Leaving Certificate Examination, 1906
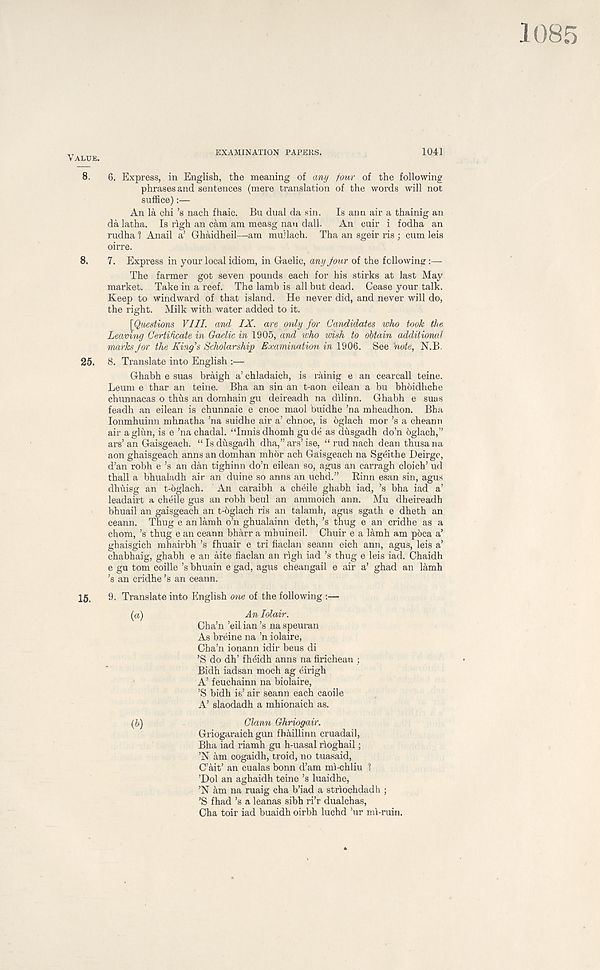
ALUE.
EXAMINATION PAPERS.
1041
8. 6. Express, in English, the meaning of any four of the following
phrases and sentences (mere translation of the words will not
suffice):—
An la chi’s nach fhaic. Bu dual da sin. Is ann air a thainig an
da latha. Is righ an cam am measg nan dall. An cuir i fodha an
rudha 1 Anail a’ Ghaidheil—am muilach. Tha an sgeir ris ; cum leis
oirre.
8. 7. Express in your local idiom, in Gaelic, any Jour of the following:—
The farmer got seven pounds each for his stirks at last May
market. Take in a reef. The lamb is all but dead. Cease your talk.
Keep to windward of that island. He never did, and never will do,
the right. Milk with water added to it.
[Questions VIII. and IX. are only for Candidates who took the
Leaving Certificate in Gaelic in 1905, and who wish to obtain additional
marks for the King's Scholarship Examination in 1906. See note, N.B.
25. 8. Translate into English :—
Ghabh e suas braigh a’ chladaich, is rainig e an cearcall teine.
Leum e thar an teine. Bha an sin an t-aon eilean a bu bhbidhche
chunnacas o thus an domhain gu deireadh na dilinn. Ghabh e suas
feadh an eilean is chunnaic e cnoc maol buidhe ’na mheadhon. Bba
lonmhuinn mhnatha ’na suidhe air a’ chnoc, is oglach mor’s a cheann
air aglun, is e ’nachadal. “Innisdhomh gude as dusgadh do’n bglach,”
ars’an Gaisgeach. “Isdusgadh dha,”ars’ise, “ rud nach dean thusana
aon ghaisgeach anns an domhan mhor ach Gaisgeach na Sgeithe Deirge,
d’an robh e’s an dan tighinn do’n eilean so, agus an carragh cloich’ ud
thall a bhualadh air an duine so anns an uchd.” Rinn esan sin, agus
dhuisg an t-6glach. An caraibh a cheile ghabh iad, ’s bha iad a’
leadairt a cheile gus an robh beul an ammoich ann. Mu dheireadh
bhuail an gaisgeach an t-6glach ris an talamh, agus sgath e dheth an
ceann. Thug e an lamh o’n ghualainn deth, ’s thug e an cridhe as a
chom, ’s thug e an ceann bharr a mhuineil. Chuir e a lamh am poca a’
ghaisgich mhairbh’s fhuair e tri fiaclan seann eich ann, agus, leis a’
chabhaig, ghabh e an aite fiaclan an righ iad’s thug e leis iad. Chaidh
e gu tom coille’s bhuain e gad, agus cheangail e air a’ ghad an lamh
’s an cridhe’s an ceann.
15. 9. Translate into English one of the following :—
(а)
An lolair.
Cha’n ’eil ian’s na speuran
As breine na ’n iolaire,
Cha’n ionann idir beus di
’S do dh’ fheidh anns na firichean ;
Bidh iadsan moch ag eirigh
A’ feuchainn na biolaire,
’S bidh is’ air seann each caoile
A’ slaodadh a mhionaich as.
(б)
Clann Ghriogair.
Griogaraich gun fhaillinn cruadail,
Bha iad riamh gu h-uasal rioghail;
’N am cogaidh, troid, no tuasaid,
C’ait’ an cualas bonn d’am mi-chliu 1
’Dol an aghaidh teine’s luaidhe,
’N 4m na ruaig cha b’iad a striochdadh ;
’S fhad’s a leanas sibh ri’r dualchas,
Cha toir iad buaidh oirbh luchd ’ur mi-ruin.